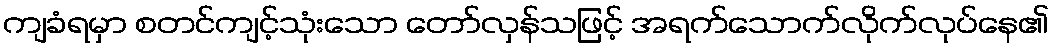
ကျခံရမှာ စတင်ကျင့်သုံးသော တော်လှန်သဖြင့် အရက်သောက်လိုက်လုပ်နေ၏